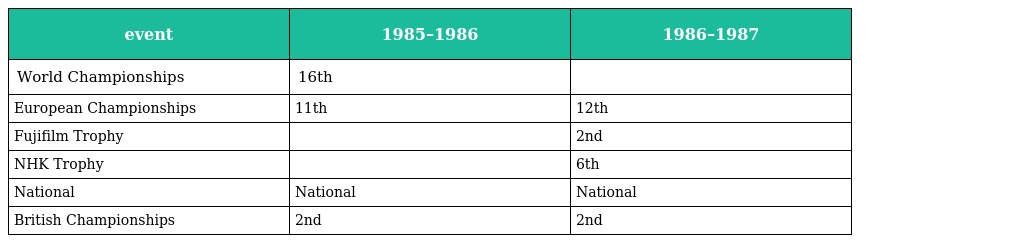
| event | 1985–1986 | 1986–1987 |
 | --- | --- | --- |
 | World Championships | 16th |  |
 | European Championships | 11th | 12th |
 | Fujifilm Trophy |  | 2nd |
 | NHK Trophy |  | 6th |
 | National | National | National |
 | British Championships | 2nd | 2nd |